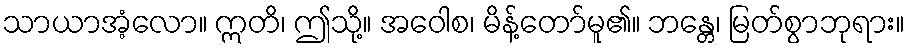
သာယာအံ့လော။ ဣတိ၊ ဤသို့။ အဝေါစ၊ မိန့်တော်မူ၏။ ဘန္တေ၊ မြတ်စွာဘုရား။